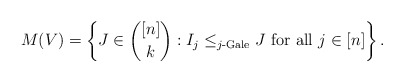
\begin{align*}M(V) = \left\{J\in\binom{[n]}{k} : I_j \le_\textnormal{$j$-Gale}J \textnormal{ for all } j\in [n]\right\}.\end{align*}